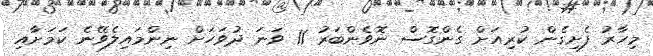
މިހާރު ފެށިގެން ކުރިއަށް ގެންގޮސް ނޮވެންބަރު 11 ވަނަ ދުވަހަށް ނިންމައިލެވޭނެ ކަމަށާއި